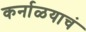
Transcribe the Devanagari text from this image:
कर्नाळयाचं